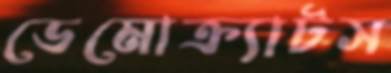
ডেমোক্র্যাটস